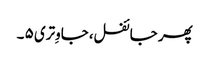
پھر جائفل، جاوِتری ۵ ۔